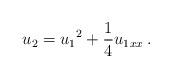
LaTeX: \begin{align*} u_2={u_1}^2 + \frac{1}{4}{u_1}_{xx}\, . \end{align*}